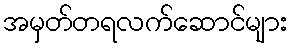
အမှတ်တရလက်ဆောင်များ